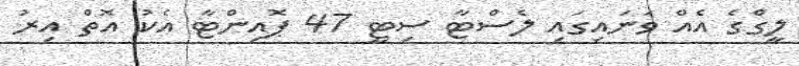
ލީގްގެ އެއް ވަނައިގައި ލެސްޓާ ސިޓީ 47 ޕޮއިންޓާ އެކު އޮތް އިރު